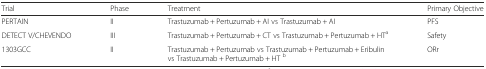
<table><thead><tr><td><b>Trial</b></td><td><b>Phase</b></td><td><b>Treatment</b></td><td><b>Primary Objective</b></td></tr></thead><tbody><tr><td>PERTAIN</td><td>II</td><td>Trastuzumab + Pertuzumab + AI vs Trastuzumab + AI</td><td>PFS</td></tr><tr><td>DETECT V/CHEVENDO</td><td>III</td><td>Trastuzumab + Pertuzumab + CT vs Trastuzumab + Pertuzumab + HT<sup>a</sup></td><td>Safety</td></tr><tr><td>1303GCC</td><td>II</td><td>Trastuzumab + Pertuzumab vs Trastuzumab + Pertuzumab + Eribulin vs Trastuzumab + Pertuzumab + HT <sup>b</sup></td><td>ORr</td></tr></tbody></table>